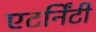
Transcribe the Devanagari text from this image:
एटर्निंटी